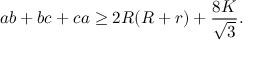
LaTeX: a b + b c + c a \geq 2 R ( R + r ) + { \frac { 8 K } { \sqrt { 3 } } } .